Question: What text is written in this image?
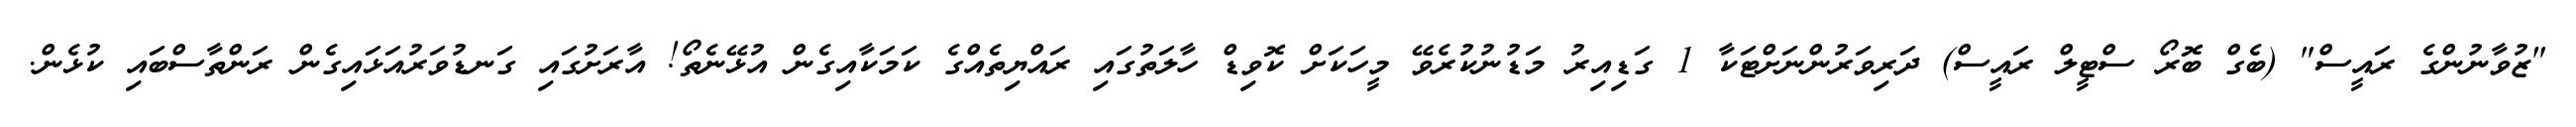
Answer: "ޒުވާނުންގެ ރައީސް" (ބެގް ބޮރޯ ސްޓީލް ރައީސް) ދަރިވަރުންނަށްޓަކާ 1 ގަޑިއިރު މަޑުނުކުރެވޭ މީހަކަށް ކޮވިޑް ހާލަތުގައި ރައްޔިތެއްގެ ކަމަކާއިގެން އުޅޭނެތޯ! އާރަށުގައި ގަނޑުވަރުއަޅައިގެން ރަންތާސްބައި ކުޅެން.